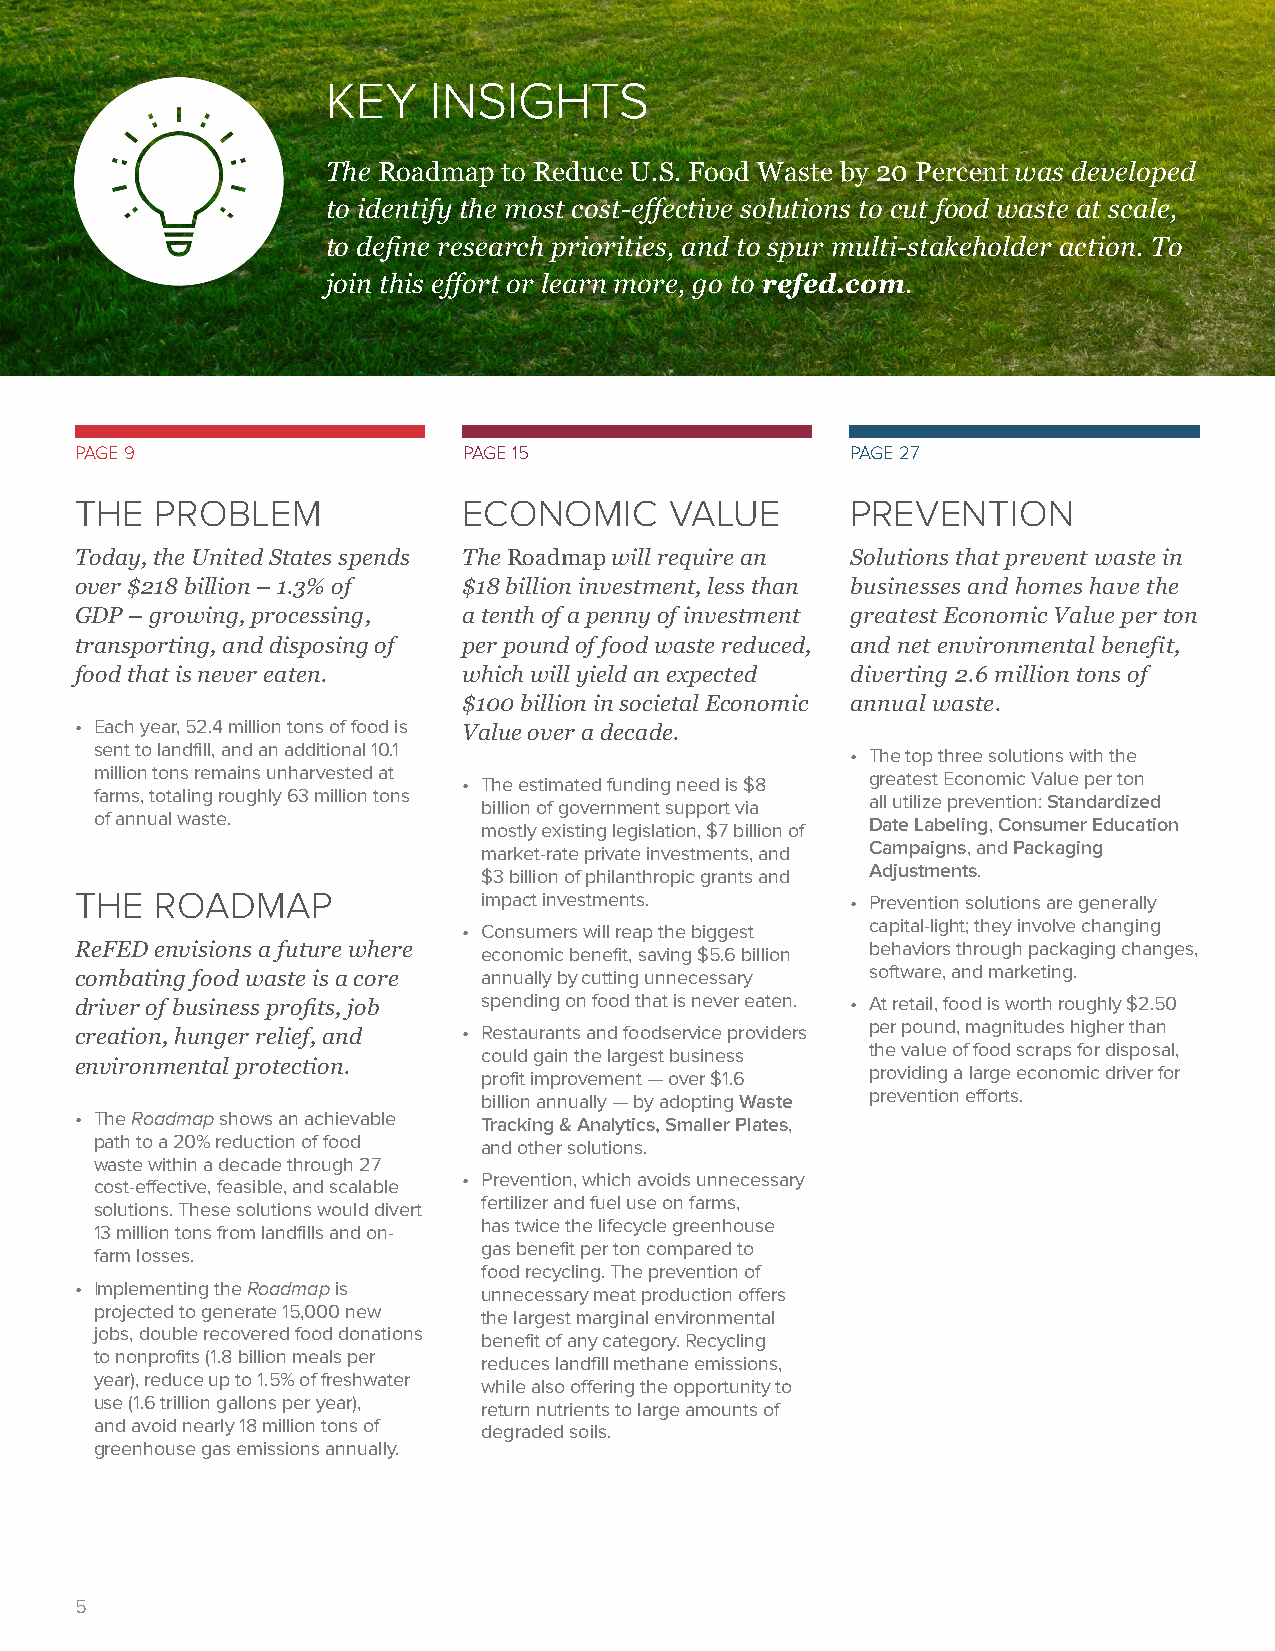
KEY   INSIGHTS
 The Roadmap to Reduce U.S. Food Waste by 20 Percent was developed
 to identify the most cost-effective solutions to cut food waste at scale,
 to define research priorities, and to spur multi-stakeholder action. To
 join this effort or learn more, go to refed.com.
 PAGE 9                    PAGE 15                  PAGE 27
 THE  PROBLEM              ECONOMIC     VALUE       PREVENTION
 Today, the United States spends The Roadmap will require an Solutions that prevent waste in
 over $218 billion – 1.3% of $18 billion investment, less than businesses and homes have the
 GDP – growing, processing, a tenth of a penny of investment greatest Economic Value per ton
 transporting, and disposing of per pound of food waste reduced, and net environmental benefit,
 food that is never eaten. which will yield an expected diverting 2.6 million tons of
 $100 billion in societal Economic annual waste.
 • Each year, 52.4 million tons of food is Value over a decade.
 sent to landfill, and an additional 10.1          • The top three solutions with the
 million tons remains unharvested at • The estimated funding need is $8 greatest Economic Value per ton
 farms, totaling roughly 63 million tons billion of government support via all utilize prevention: Standardized
 of annual waste.          mostly existing legislation, $7 billion of Date Labeling, Consumer Education
 market-rate private investments, and Campaigns, and Packaging
 $3 billion of philanthropic grants and Adjustments.
 THE  ROADMAP               impact investments.     • Prevention solutions are generally
 • Consumers will reap the biggest capital-light; they involve changing
 ReFED envisions a future where economic benefit, saving $5.6 billion behaviors through packaging changes,
 combating food waste is a core annually by cutting unnecessary software, and marketing.
 driver of business profits, job spending on food that is never eaten. • At retail, food is worth roughly $2.50
 creation, hunger relief, and • Restaurants and foodservice providers per pound, magnitudes higher than
 could gain the largest business the value of food scraps for disposal,
 environmental protection.
 profit improvement — over $1.6 providing a large economic driver for
 billion annually — by adopting Waste prevention efforts.
 • The Roadmap shows an achievable
 Tracking & Analytics, Smaller Plates,
 path to a 20% reduction of food
 and other solutions.
 waste within a decade through 27
 • Prevention, which avoids unnecessary
 cost-effective, feasible, and scalable
 fertilizer and fuel use on farms,
 solutions. These solutions would divert
 has twice the lifecycle greenhouse
 13 million tons from landfills and on-
 gas benefit per ton compared to
 farm losses.
 food recycling. The prevention of
 • Implementing the Roadmap is
 unnecessary meat production offers
 projected to generate 15,000 new
 the largest marginal environmental
 jobs, double recovered food donations
 benefit of any category. Recycling
 to nonprofits (1.8 billion meals per
 reduces landfill methane emissions,
 year), reduce up to 1.5% of freshwater
 while also offering the opportunity to
 use (1.6 trillion gallons per year),
 return nutrients to large amounts of
 and avoid nearly 18 million tons of
 degraded soils.
 greenhouse gas emissions annually.
 5